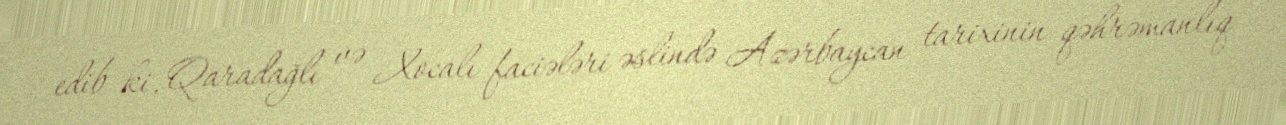
edib ki, Qaradağlı və Xocalı faciələri əslində Azərbaycan tarixinin qəhrəmanlıq